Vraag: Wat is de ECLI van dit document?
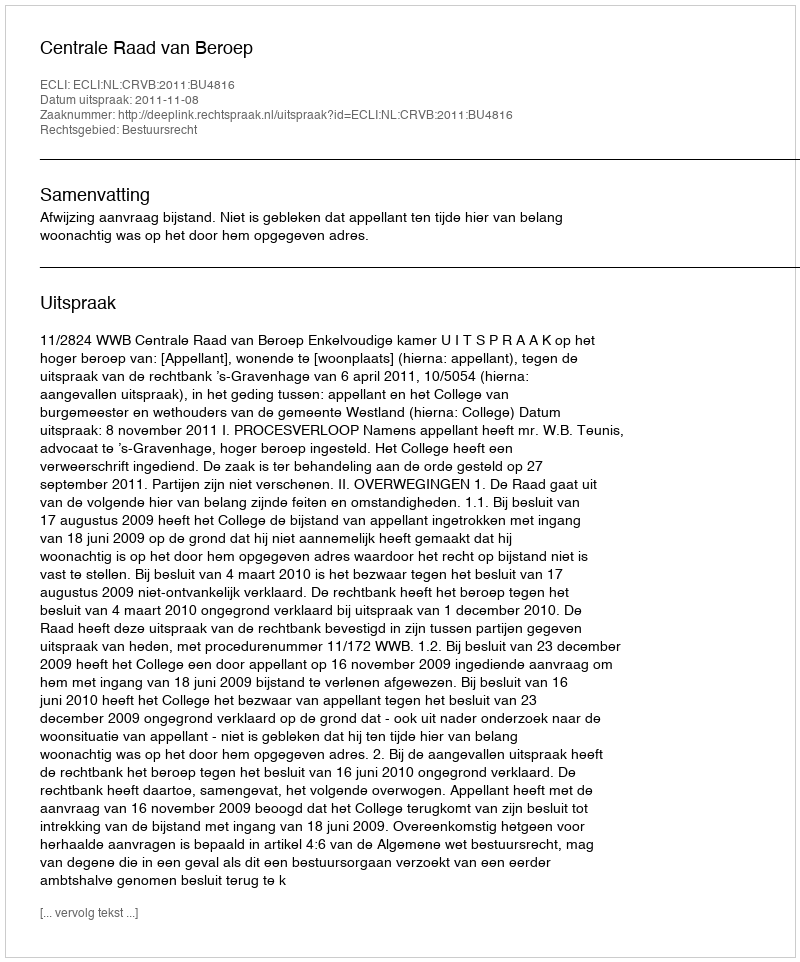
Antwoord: ECLI:NL:CRVB:2011:BU4816